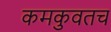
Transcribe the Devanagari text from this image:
कमकुवतच